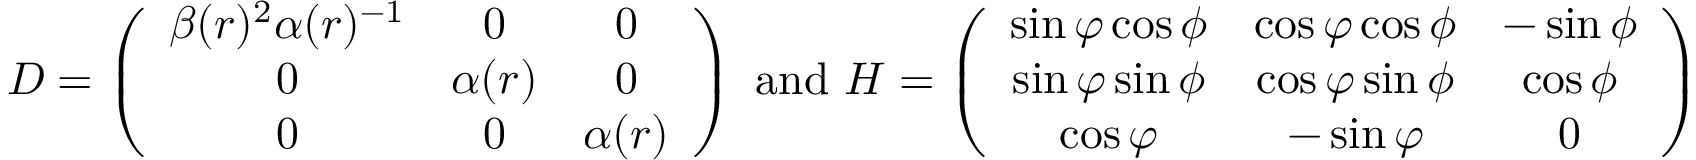
D = \left( \begin{array} { c c c } { \beta ( r ) ^ { 2 } \alpha ( r ) ^ { - 1 } } & { 0 } & { 0 } \\ { 0 } & { \alpha ( r ) } & { 0 } \\ { 0 } & { 0 } & { \alpha ( r ) } \end{array} \right) \mathrm { ~ a n d ~ } H = \left( \begin{array} { c c c } { \sin \varphi \cos \phi } & { \cos \varphi \cos \phi } & { - \sin \phi } \\ { \sin \varphi \sin \phi } & { \cos \varphi \sin \phi } & { \cos \phi } \\ { \cos \varphi } & { - \sin \varphi } & { 0 } \end{array} \right)